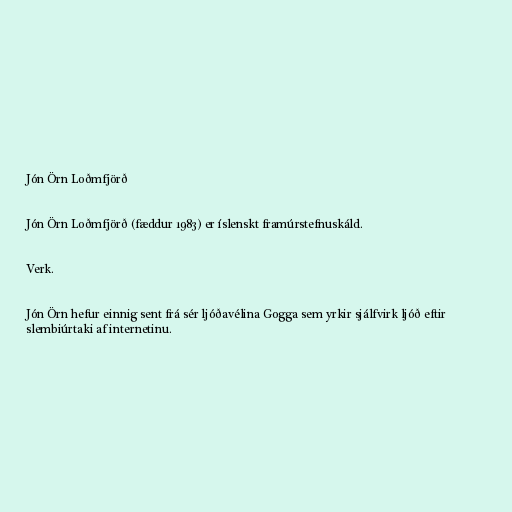
Jón Örn Loðmfjörð

Jón Örn Loðmfjörð (fæddur 1983) er íslenskt framúrstefnuskáld.

Verk.

Jón Örn hefur einnig sent frá sér ljóðavélina Gogga sem yrkir sjálfvirk ljóð eftir
slembiúrtaki af internetinu.